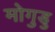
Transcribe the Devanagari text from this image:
मोगुडु